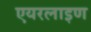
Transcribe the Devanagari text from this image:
एयरलाइण